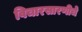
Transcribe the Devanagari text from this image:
विचारसारणीचे